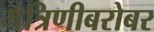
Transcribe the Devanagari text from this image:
मैत्रिणीबरोबर